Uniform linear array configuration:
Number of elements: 4
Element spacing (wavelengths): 1
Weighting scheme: blackman
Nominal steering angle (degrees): -30
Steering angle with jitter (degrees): -31.524
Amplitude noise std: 0.05
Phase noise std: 0.05

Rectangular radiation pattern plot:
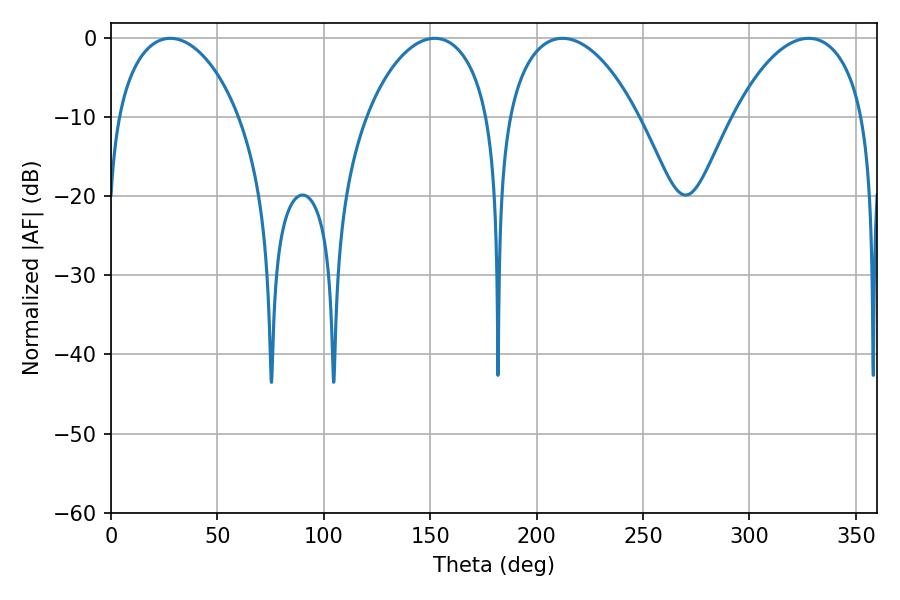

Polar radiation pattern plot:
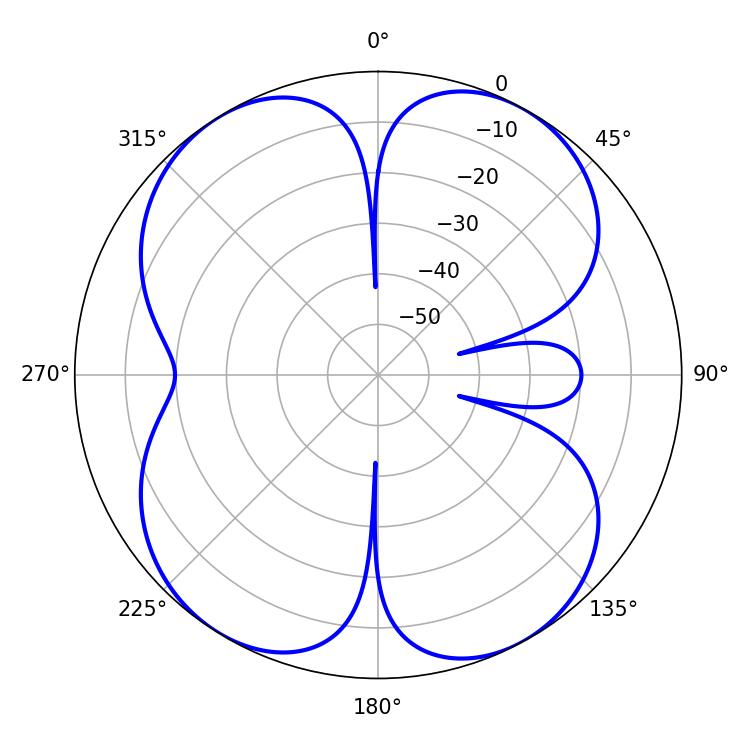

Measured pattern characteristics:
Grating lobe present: TRUE
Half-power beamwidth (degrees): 33.12
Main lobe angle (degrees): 27.9